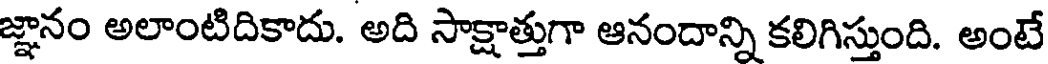
జ్ఞానం అలాంటిదికాదు. అది సాక్షాత్తుగా ఆనందాన్ని కలిగిస్తుంది. అంటే